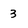
Character: 3